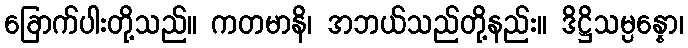
ခြောက်ပါးတို့သည်။ ကတမာနိ၊ အဘယ်သည်တို့နည်း။ ဒိဋ္ဌိသမ္ပန္နော၊